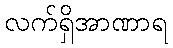
လက်ရှိအာဏာရ